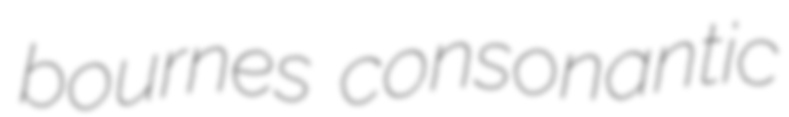
bournes consonantic